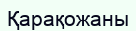
Қарақожаны